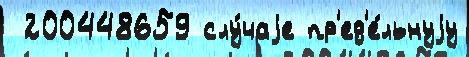
 200448659 слу́чаjе пр'ед'е́льнуjу